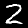
Label: 2